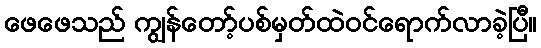
ဖေဖေသည် ကျွန်တော့်ပစ်မှတ်ထဲဝင်ရောက်လာခဲ့ပြီ။